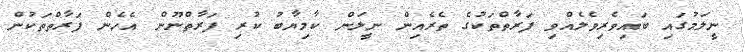
ނީލަމުގައި ބައިވެރިވެލެއްވި ފަރާތްތަކުގެ ތެރެއިން ނީލަން ކާމިޔާބު ކުރި ފަރާތްނޫން އެެހެން ފަރާތްތަކުން